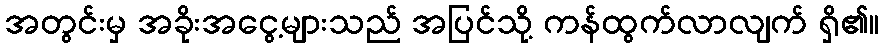
အတွင်းမှ အခိုးအငွေ့များသည် အပြင်သို့ ကန်ထွက်လာလျက် ရှိ၏။